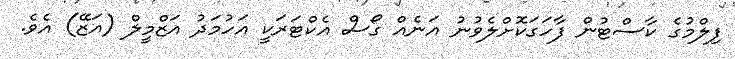
ފިލްމުގެ ކާސްޓުން ފާހަގަކޮށްލެވުނު އަނެއް ގޯސް އެކްޓަރަކީ އަހުމަދު އަޒްމީލް (އަޒޭ) އެވެ.